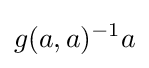
g(a,a)^{-1}a